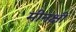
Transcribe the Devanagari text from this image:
मीनक्षी